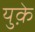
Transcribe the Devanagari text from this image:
युक़े